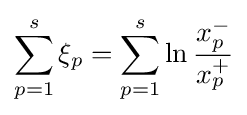
\sum _{p=1}^{s}\xi _{p}=\sum _{p=1}^{s}\ln {\frac {x_{p}^{-}}{x_{p}^{+}}}